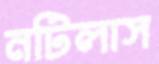
নটিলাস